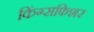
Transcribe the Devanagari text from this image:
किंग्सफिशर